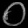
Digit: ၀